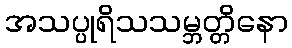
အသပ္ပုရိသသမ္ဘတ္တိနော